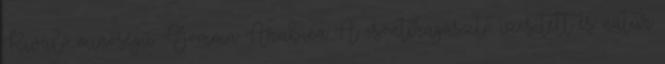
Kiváló minőségű Gomma Arabica A csontiragasztó ízesített és natúr